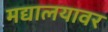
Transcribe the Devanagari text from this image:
मद्यालयावर